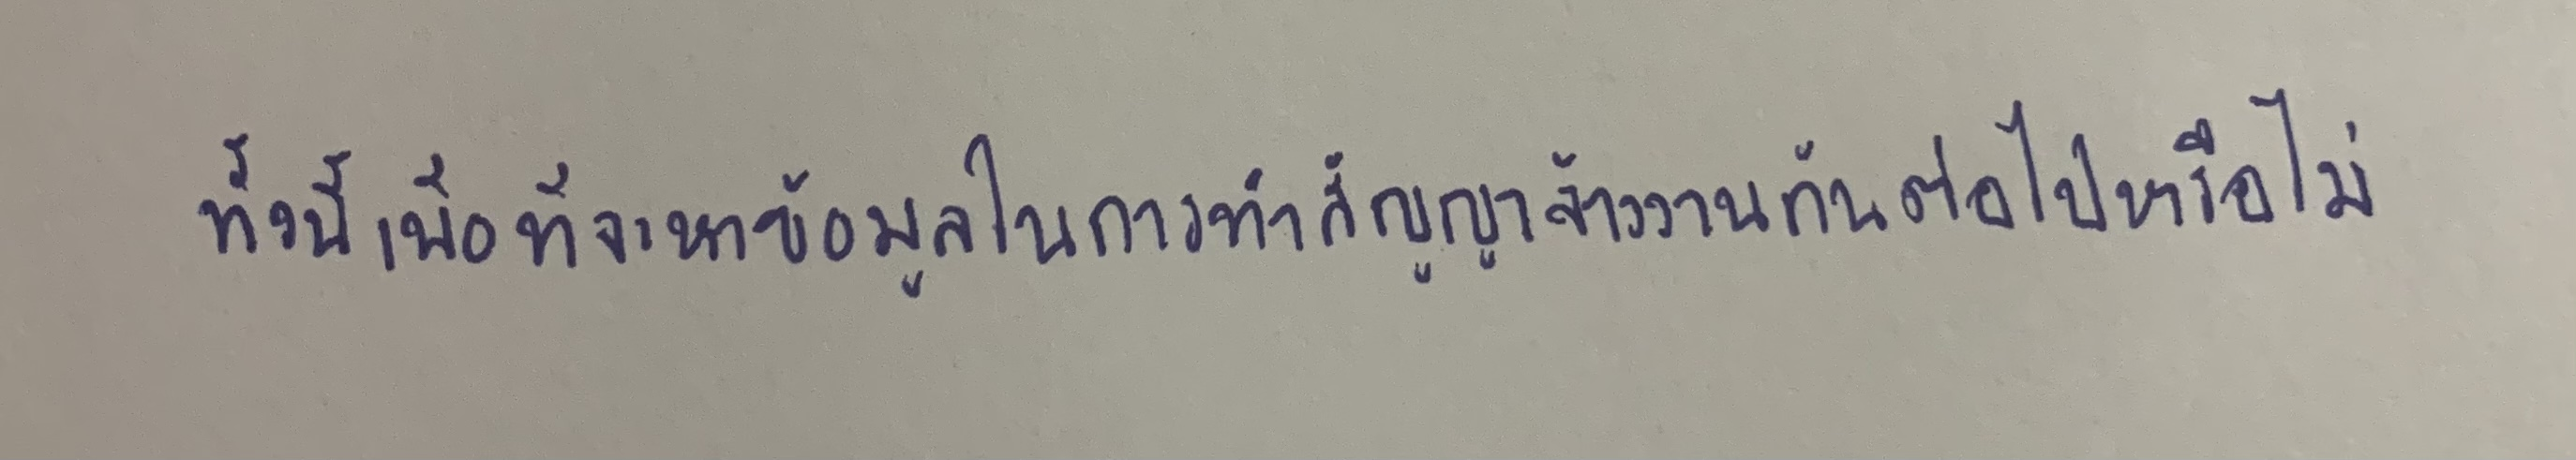
ทั้งนี้เพื่อที่จะหาข้อมูลในการทำสัญญาจ้างงานกันต่อไปหรือไม่